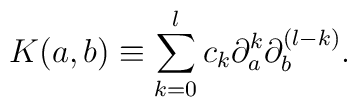
K(a,b)\equiv\sum_{k=0}^{l}c_{k} \partial_{a}^{k}\partial_{b}^{(l-k)}.